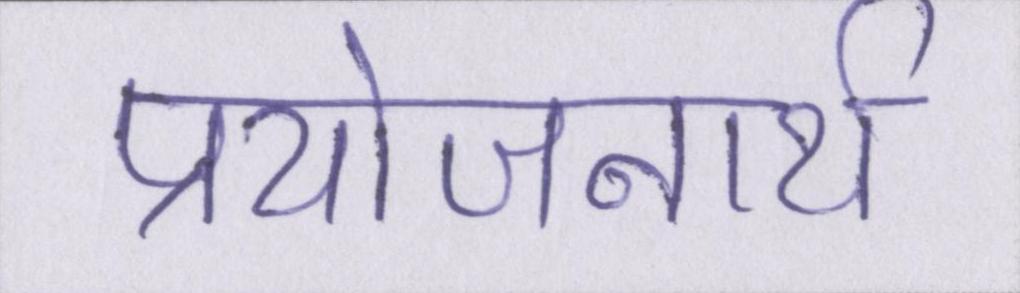
प्रयोजनार्थ